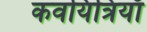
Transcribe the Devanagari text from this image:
कवयित्रियाँ